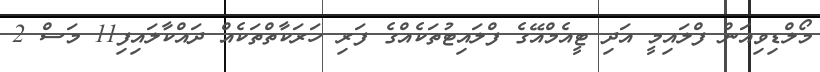
މޯލްޑިވިއަން ފްލައިމީ އަދި ޓީއެމްއޭގެ ފްލައިޓުތަކެއްގެ ފަރި ހަރަކާތްތަކެއް ދައްކާލައިފި11 މަސް 2